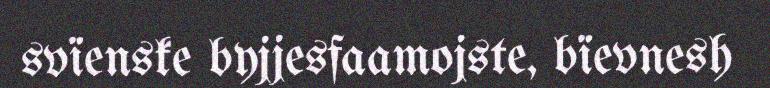
svïenske byjjesfaamojste, bïevnesh